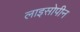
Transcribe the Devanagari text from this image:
लाइसोपीन